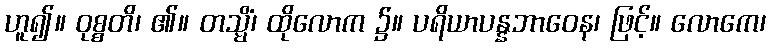
ဟူ၍။ ဝုစ္စတိ၊ ၏။ တသ္မိံ၊ ထိုလောက ၌။ ပရိယာပန္နဘာဝေန၊ ဖြင့်။ လောကေ၊